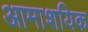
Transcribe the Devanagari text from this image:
आमाशयिक